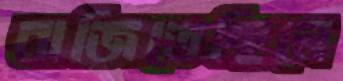
বাজিতেছিলে